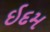
ઇદમ